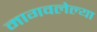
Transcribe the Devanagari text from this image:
मागवलेल्या